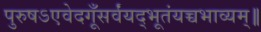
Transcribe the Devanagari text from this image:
पुरुषऽएवेदगूँसर्वंयद्भूतंयच्चभाव्यम्॥